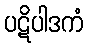
ပဋိပါဒကံ